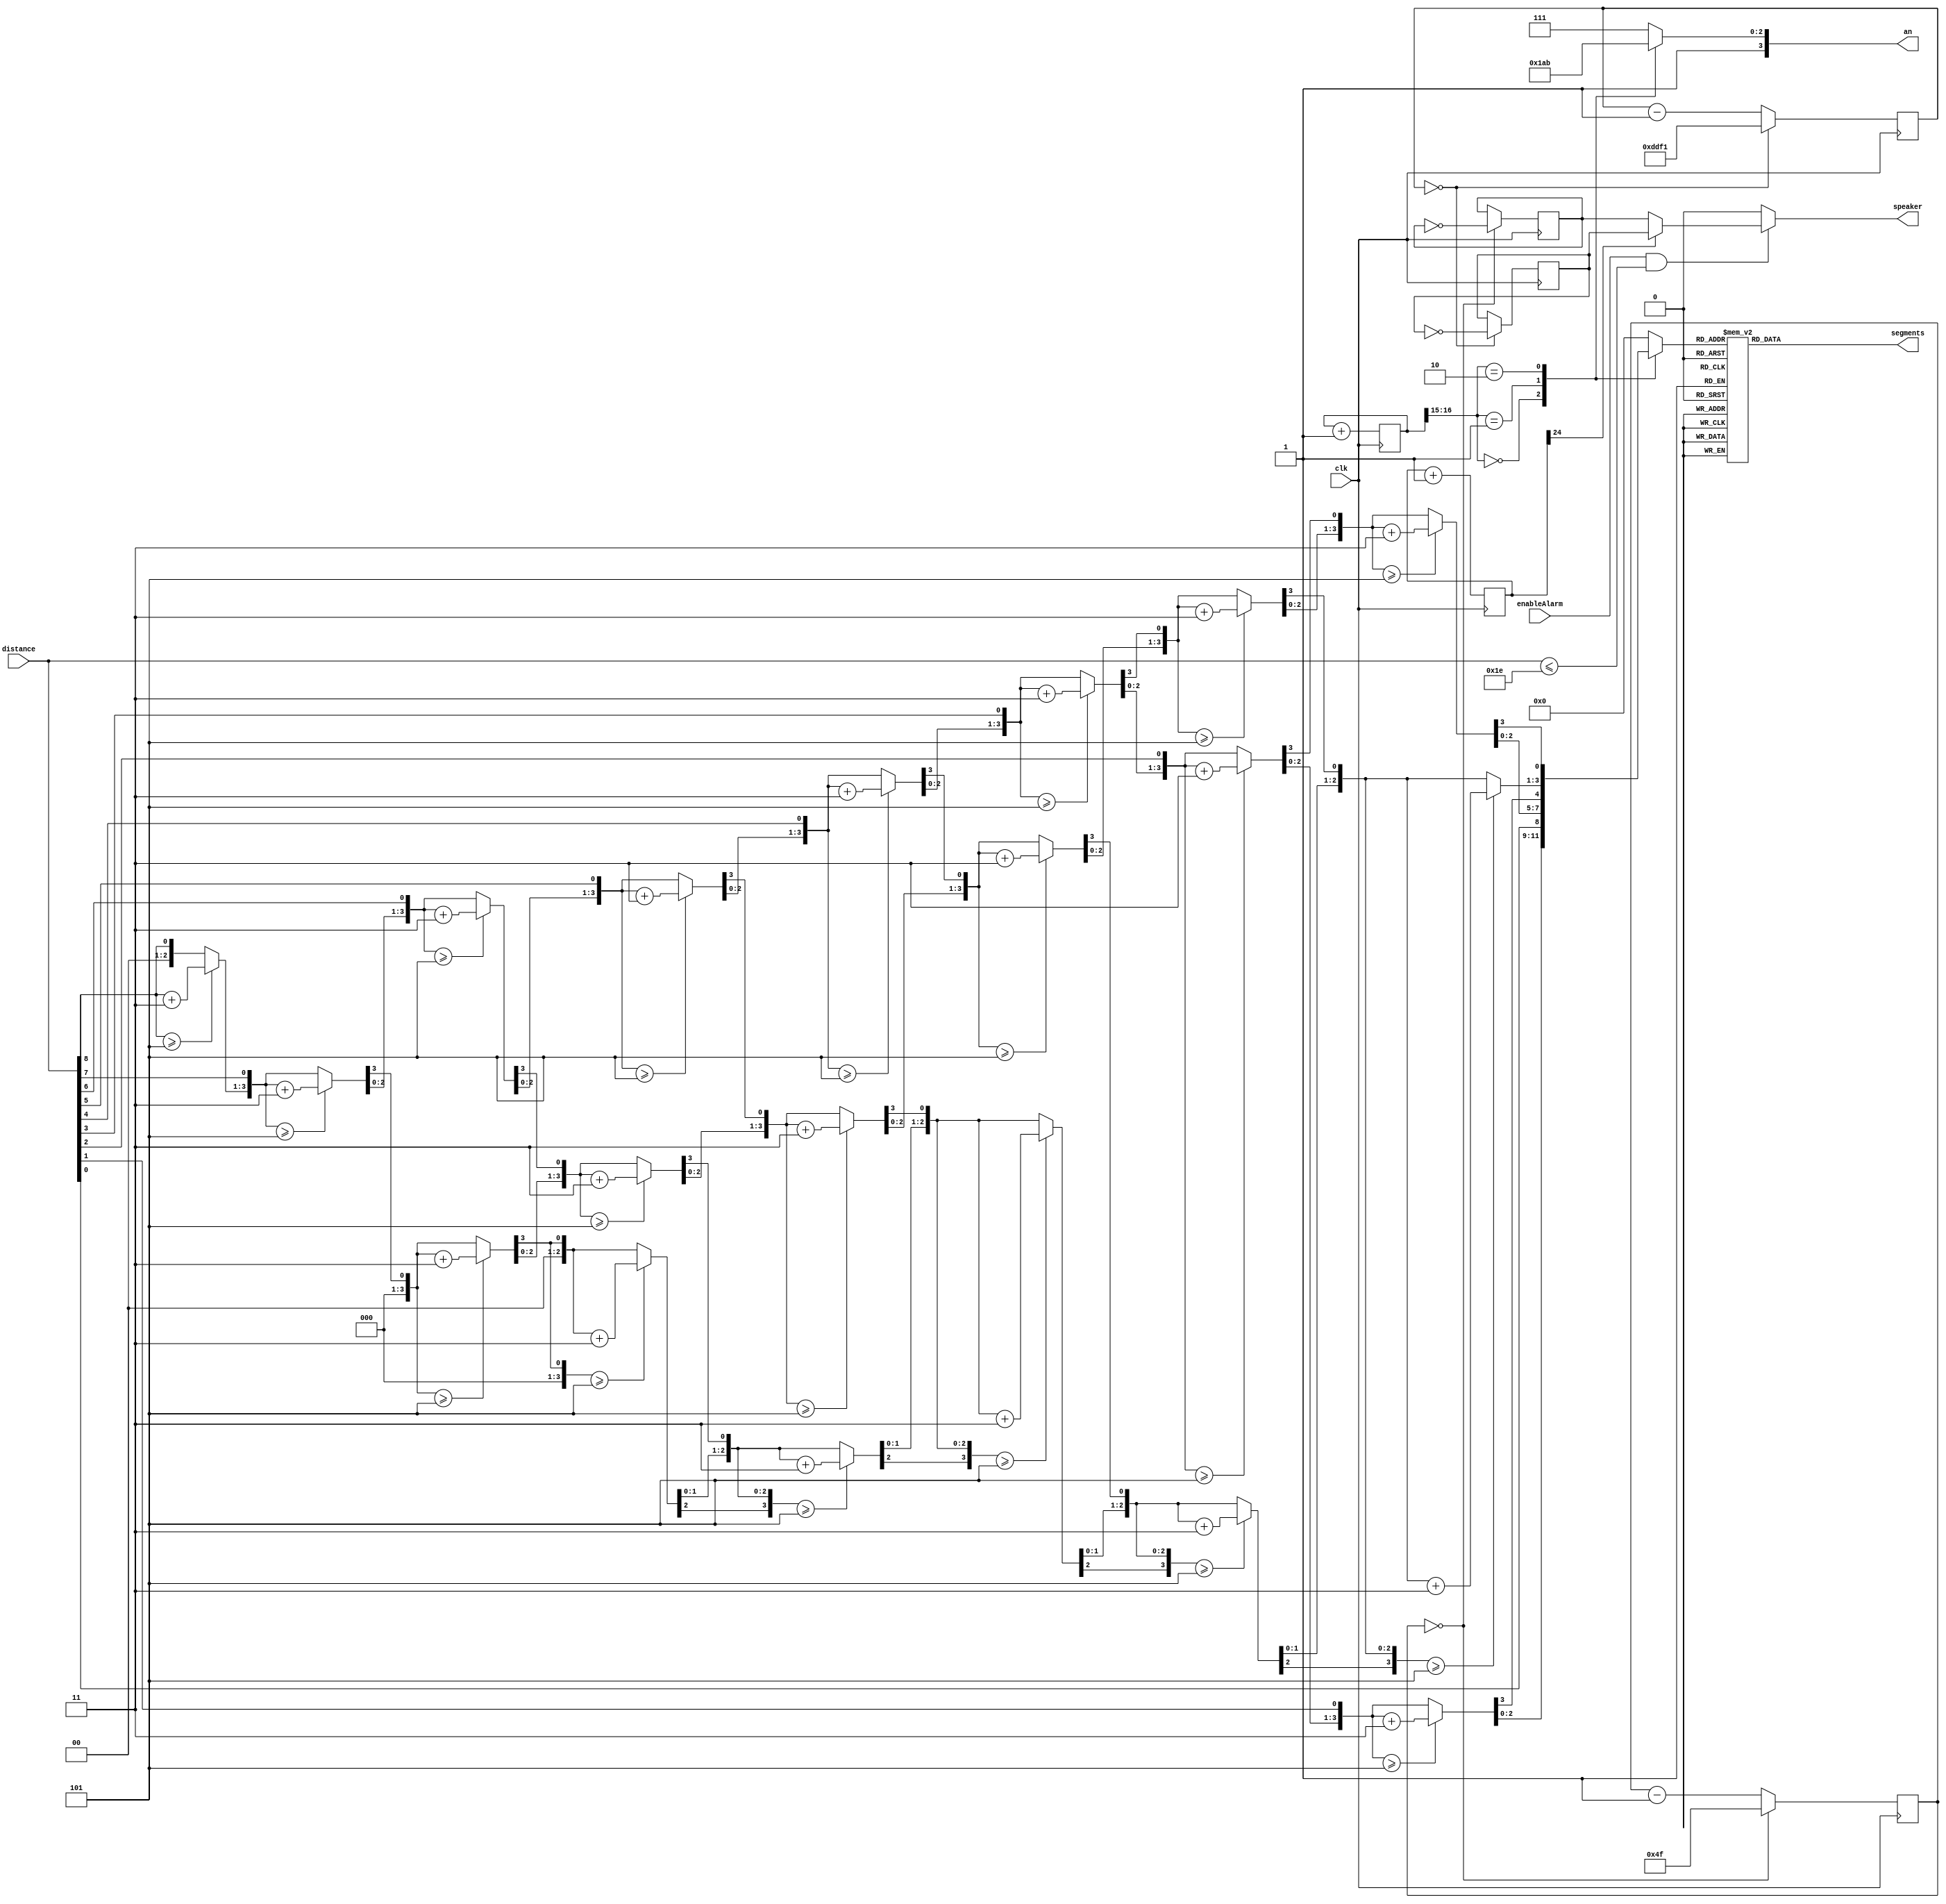
module messages(
	input clk, 
	input [8:0] distance,
	input enableAlarm,  
	output reg [3:0] an, 
	output reg [6:0] segments,
	output reg speaker
);

reg [3:0] UNI = 0; 
reg [3:0] DEC = 0; 
reg [3:0] CEN = 0; 
reg [3:0] BCD = 0; 
reg [16:0] divClk = 0; 
//How to convert 9 bits to 4 BCD?
integer i; 
always @(distance) begin
	DEC = 4'b0; 
	CEN = 4'b0; 
	UNI = 4'b0; 

	for(i=8; i>=0; i=i-1) begin 
		if(CEN >= 5)
			CEN = CEN+3; 
		if(DEC >= 5)
			DEC = DEC+3; 
		if(UNI >= 5)
			UNI = UNI+3;
		CEN = CEN<<1; 
		CEN[0] = DEC[3]; 
		DEC = DEC<<1; 
		DEC[0] = UNI[3];
		UNI = UNI<<1; 
		UNI[0] = distance[i];  
	end
end 

always @(posedge clk)
	divClk <= divClk+1; 

always @(divClk[16:15], UNI, DEC, CEN) begin
	case(divClk[16:15]) 
		2'b00 : begin
			BCD = UNI; 
			an = 4'b1110; 
		end 
		2'b01 : begin
			BCD = DEC; 
			an = 4'b1101; 
		end 
		2'b10 : begin
			BCD = CEN; 
			an = 4'b1011; 
		end 
		default: begin
			BCD = 4'b0; 
			an = 4'b1111; 
		end
	endcase
end  

always @(BCD) begin 
	case(BCD)
		4'b0000 : segments = 7'b0000001; 
		4'b0001 : segments = 7'b1001111; 
		4'b0010 : segments = 7'b0010010; 
		4'b0011 : segments = 7'b0000110; 
		4'b0100 : segments = 7'b1001100; 
		4'b0101 : segments = 7'b0100100; 
		4'b0110 : segments = 7'b0100000; 
		4'b0111 : segments = 7'b0001111; 
		4'b1000 : segments = 7'b0000000; 
		4'b1001 : segments = 7'b0000100;
		default : segments = 7'b1111111;
	endcase	
end 

//Generate beep A-B tone 
parameter Adivider = 50000000/440/2;
parameter divider2 = 50000000/381/2;
reg [15:0] counterA;
reg [15:0] counter2;
reg soundA; 
reg sound2; 
always @(posedge clk) if(counterA==0) counterA <= Adivider-1; else counterA <= counterA-1;
always @(posedge clk) if(counter2==0) counter2 <= divider2-1; else counter2 <= counter2-1;

always @(posedge clk) if(counterA==0) soundA <= ~soundA;
always @(posedge clk) if(counter2==0) sound2 <= ~sound2;

reg [24:0] clksound; 
always @(posedge clk)
	clksound <= clksound+1; 

always @(clksound[24], enableAlarm, distance, soundA, sound2) begin 
	if(enableAlarm&&(distance<=30)) 
		if(clksound[24])
			speaker = soundA; 
		else 	
			speaker = sound2; 
	else 
		speaker = 1'b0; 
end 	

endmodule